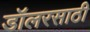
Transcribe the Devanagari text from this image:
डॉलरसाठी